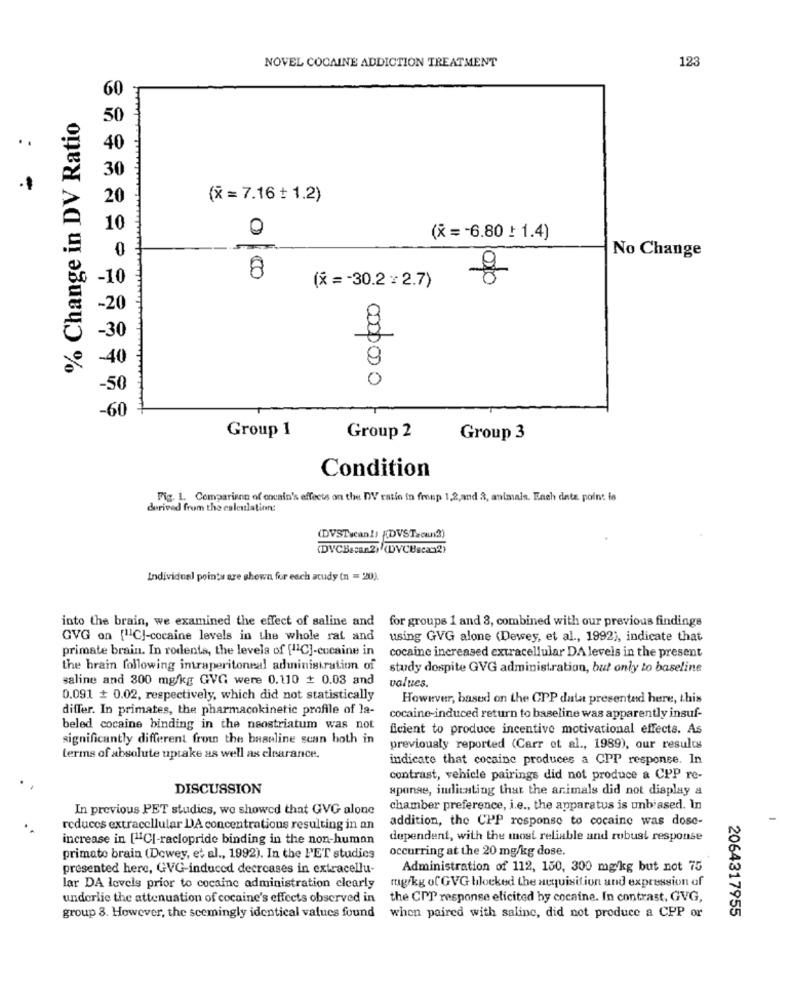
NOVEL COCAINE ADDICTION TREATMENT
123
60
% Change in DV Ratio
:
40
30
20
(x= 7.16 + 1.2)
10
0
(x =- 6.80 } 1.4)
No Change
8
-10
(x =- 30.2 x 2.7)
g
Group 1
Group 2
Group 3
Condition
Fig. 1. Comparison of encain's effects on the DV ratio in fmsep 1,2,and 3, animals. Ench date point to
derived from the calculation:
(DVSTwcan!) {(DVSTacun3)
(DVCBesar.2) (DVCBscax2)
Individual points are shown for each atudy (n = 20).
into the brain, we examined the effect of saline and for groups 1 and 3, combined with our previous findings
GVG on [11C]-cocaine levels in the whole rat and
using GVG alone (Dewey, et al ., 1992), indicate that
primate brain. In rodents, the levels of [11C]-cocaine in
cocaine increased extracellular DA levels in the present
the brain following intraperitoneal administration of
study dospite GVG administration, but only to baseline
saline and 300 mg/kg GVG were 0.110 + 0.03 and
values.
0.091 + 0.02, respectively, which did not statistically
However, based on the CPP data presented here, this
differ. In primates, the pharmacokinetic profile of la-
cocaine-induced return to baseline was apparently insuf-
beled cocaine binding in the neostriatum was not
ficient to produce incentive motivational effects. As
significantly different from the baseline scan both in
previously reported (Carr et al ., 1989), our results
terms of absolute uptake as well as clearance.
indicate that cocaine produces a CPP response. In
contrast, vehicle pairings did not produce a CPP re-
DISCUSSION
aponse, indicating that the animals did not display a
In previous PET studies, we showed that GVG alone
chamber preference, i.e ., the apparatus is unbiased. In
addition, the CPP response to cocaine was dose-
reduces extracellular DA concentrations resulting in an
increase in [11CI-raclopride binding in the non-human
dependent, with the most reliable and robust response
occurring at the 20 mg/kg dose.
primate brain (Dewey, et al ., 1992). In the PET studies
presented here, GVG-induced decreases in extracellu-
Administration of 112, 150, 300 mg/kg but not 75
mg/kg of GVG blocked the acquisition and expression of
lar DA levels prior to cocaine administration clearly
underlie the attenuation of cocaine's effects observed in
the CPP response elicited hy cocaine. In contrast, GVG,
2064317955
group 3. However, the seemingly identical values found when paired with saline, did not produce a CPP or